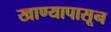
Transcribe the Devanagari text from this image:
खाण्यापासून